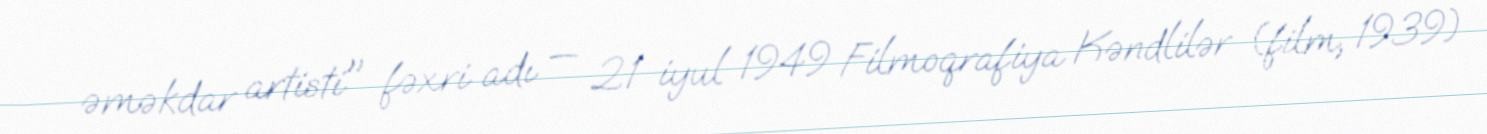
əməkdar artisti" fəxri adı — 21 iyul 1949 Filmoqrafiya Kəndlilər (film, 1939)